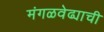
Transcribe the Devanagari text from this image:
मंगळवेढ्याची